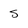
Character: S